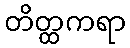
တိတ္ထကရာ